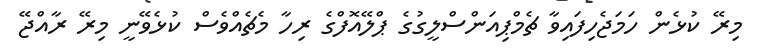
މިރޭ ކުޅެން ހަމަޖެހިފައިވާ ޗެމްޕިއަންސްލީގުގެ ޕްލޭއޮފްގެ ރިހާ މެޗެއްވެސް ކުޅެވޭނީ މިރޭ ރާއްޖޭ